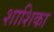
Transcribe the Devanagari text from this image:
शाशिका